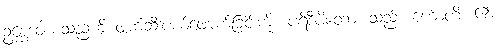
ဥစ္ဆေဒဝါဒစသည်ကို ဖျက်ဆီးပယ်ဖျောက်ခြင်းကို။ ပရိဒီပိတော၊ သည်။ ဟောတိ၊ ၏။